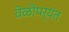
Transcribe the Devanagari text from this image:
वेळीपर्यंत